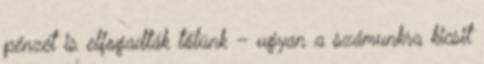
pénzét is elfogadták tőlünk – ugyan a számunkra kicsit